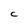
Character: C